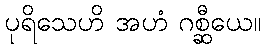
ပုရိသေဟိ အဟံ ဂစ္ဆီယေ။